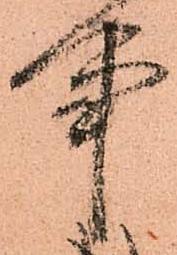
事